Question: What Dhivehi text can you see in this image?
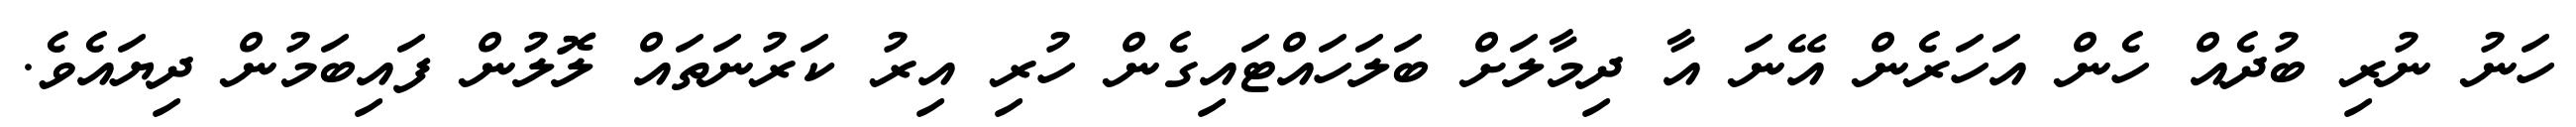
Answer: ހަނު ނުރި ބުދެއް ހެން އަހަރެން އޭނަ އާ ދިމާލަށް ބަލަހައްޓައިގެން ހުރި އިރު ކަރުނަތައް ލޮލުން ފައިބަމުން ދިޔައެވެ.